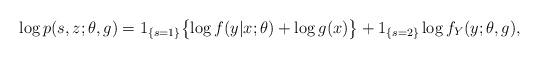
LaTeX: \begin{align*}\log p(s,z;\theta,g)=1_{\{s=1\}}\bigl\{\log f(y|x;\theta)+\log g(x)\bigr\} + 1_{\{s=2\}}\log f_{Y}(y;\theta,g),\end{align*}